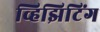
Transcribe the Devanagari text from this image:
व्हिझिटिंग